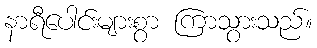
နာရီပေါင်းများစွာ ကြာသွားသည်။